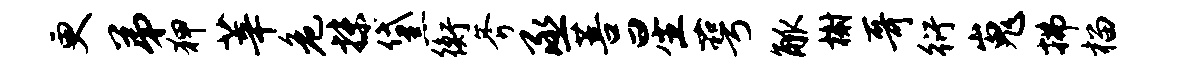
更弟狎莘危抹黛衡斧丞菩星萼觚榭哥衍嵬拂榴